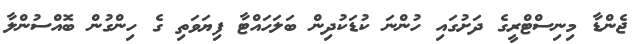
ޖެންޑާ މިނިސްޓްރީގެ ދަށުގައި ހުންނަ ކުޑަކުދިން ބަލަހައްޓާ ފިޔަވަތި ގެ ހިންގުން ބޮއްސުންލާ